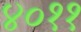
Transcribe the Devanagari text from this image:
४०११